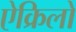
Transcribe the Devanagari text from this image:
ऐक्रिलो